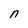
Character: n